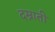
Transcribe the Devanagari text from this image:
दम्नाती